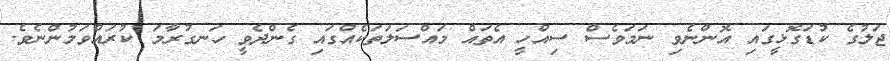
ޖަލުގެ ކުޑަގޮޅީގައި އޮންނެވި ނަމަވެސް ސިއްހީ އެތައް މައްސަލަތަކެއްގައި ގެންދެވީ ހަނގުރާމަ ކުރައްވަމުންނެވެ.